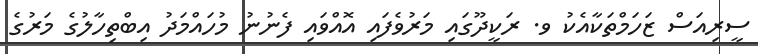
ސީރިއަސް ޒަހަމްތަކާއެކު ވ. ރަކީދޫގައި މަރުވެފައި އޮއްވައި ފެނުނު މުހައްމަދު އިބްތިހާލުގެ މަރުގެ